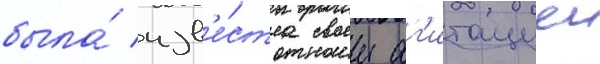
была́ изв'е́стна своеи аг'итациеи